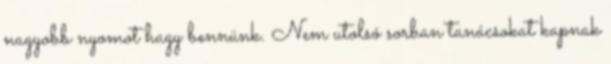
nagyobb nyomot hagy bennünk. Nem utolsó sorban tanácsokat kapnak